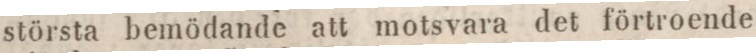
största bemödande att motsvara det förtroende